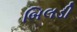
બિલડી